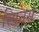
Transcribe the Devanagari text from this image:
स्पिनर्स